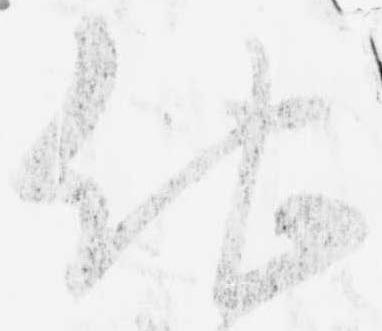
他